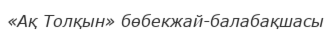
«Ақ Толқын» бөбекжай-балабақшасы